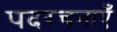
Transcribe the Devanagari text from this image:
पदरचनाएँ